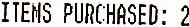
ITEMS PURCHASED:2